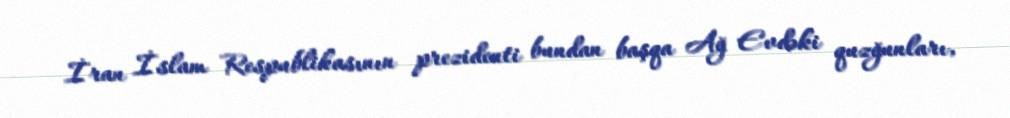
İran İslam Respublikasının prezidenti bundan başqa Ağ Evdəki quzğunları,